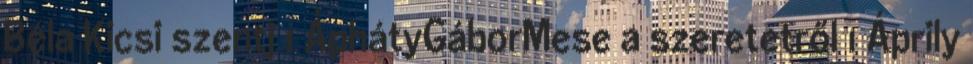
Béla Kicsi szentj 1 ÁphátyGáborMese a szeretetről 1 Áprily